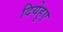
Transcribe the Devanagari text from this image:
दियेहुए